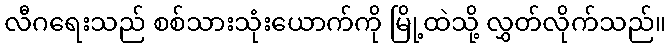
လီဂရေးသည် စစ်သားသုံးယောက်ကို မြို့ထဲသို့ လွှတ်လိုက်သည်။